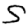
Digit: 5